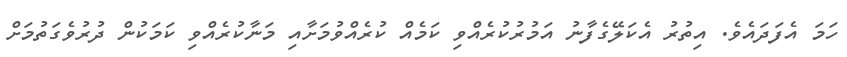
ހަމަ އެފަދައެވެ. އިތުރު އެކަލޭގެފާނު އަމުރުކުރެއްވި ކަމެއް ކުރެއްވުމަށާއި މަނާކުރެއްވި ކަމަކުން ދުރުވެގަތުމަށް